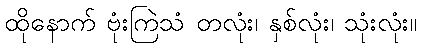
ထိုနောက် ဗုံးကြဲသံ တလုံး၊ နှစ်လုံး၊ သုံးလုံး။